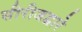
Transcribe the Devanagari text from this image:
सीरीजद्वारे